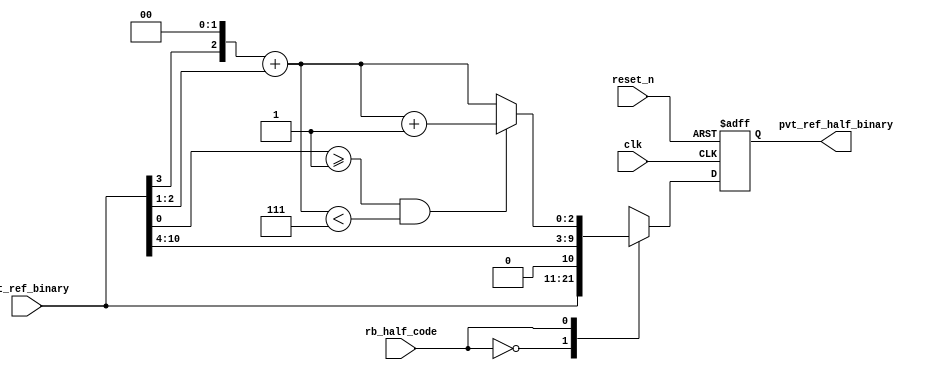
// SPDX-License-Identifier: Apache-2.0
// Copyright (C) 2019 Intel Corporation. All rights reserved
//------------------------------------------------------------------------
// Copyright (c) 2012 Altera Corporation. All rights reserved.
//
// reproduce without proper written authorization. A copyright
// notice must be reproduced on all authorized copies. Please destroy all
// copies immediately upon receipt if you have not received such
// authorization.
//------------------------------------------------------------------------
// Revision:    Revision: #1
//------------------------------------------------------------------------
// Description: half cycle delay code generation logics
//------------------------------------------------------------------------

//------------------------------------------------------------------------
// To be considered :
// 1. any potential glitch between code switching?
//------------------------------------------------------------------------

`timescale 1ps/1ps
module aibcr3pnr_half_cycle_code_gen 
#(
parameter FF_DELAY     = 200
)
(
   input  wire          clk,                     //reference clock from pll
   input  wire          reset_n,                 //output for dll reset
   input  wire  [10:0]  pvt_ref_binary,          //output binary pvt value for delay chain; changed from [9:0] to [10:0]
   input  wire          rb_half_code,   	 //select between original or half cycle codes
   output reg   [10:0]  pvt_ref_half_binary 	 //half cycle code (binary) for delay chain; change from [9:0] to [10:0]
);

`ifdef TIMESCALE_EN
  timeunit 1ps;
  timeprecision 1ps;
`endif

wire [7:0]  coarse_bin;                           // change from [6:0] to [7:0]
wire [2:0]  fint_bin, fint_bin_inc;
wire [2:0]  fine_bin;
wire [8:0]  coarse_divided_bin;                   // change from [7:0] to [8:0]
wire [3:0]  fine_divided_bin, coarse_frac_bin;

                        assign  coarse_divided_bin[8:0] = {1'b0,pvt_ref_binary[10:3]}; // changed from pvt_ref_binary[9:3] to [10:3]
                        assign  fine_divided_bin[3:0] = {1'b0,pvt_ref_binary[2:0]};
                        assign  coarse_frac_bin[3:0] = {coarse_divided_bin[0],3'b000};
                        assign  fint_bin[2:0] = coarse_frac_bin[3:1] + fine_divided_bin[3:1];
                        assign  fint_bin_inc[2:0] = ((fine_divided_bin[0] >= 1'd1) && (fint_bin < 3'd7)) ? fint_bin[2:0] + 3'b001 : fint_bin[2:0];

        assign coarse_bin = coarse_divided_bin[8:1]; // change from [7:1] to [8:1]
        assign fine_bin = fint_bin_inc;

        always @(posedge clk or negedge reset_n)
                begin
                        if(~reset_n) begin
				pvt_ref_half_binary <= #FF_DELAY 11'b000_0000_0000;
			end
			else case (rb_half_code)
				1'b0 : pvt_ref_half_binary <= #FF_DELAY pvt_ref_binary;
				1'b1 : pvt_ref_half_binary <= #FF_DELAY {coarse_bin,fine_bin};
				default : pvt_ref_half_binary <= #FF_DELAY {coarse_bin,fine_bin};
			endcase
		end 

endmodule // aibcr3pnr_half_cycle_code_gen